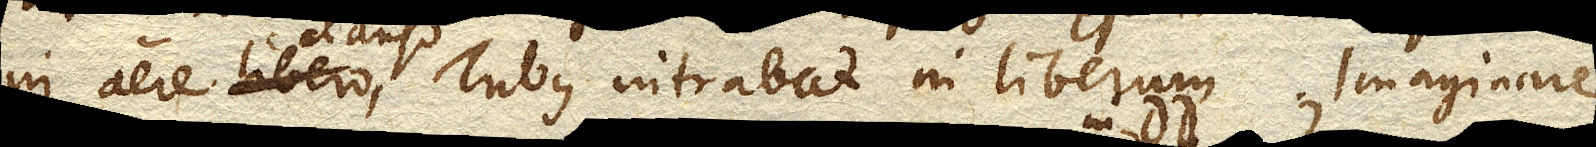
in aere libero clauso, Tubus intrabat in liberum. Imaginare